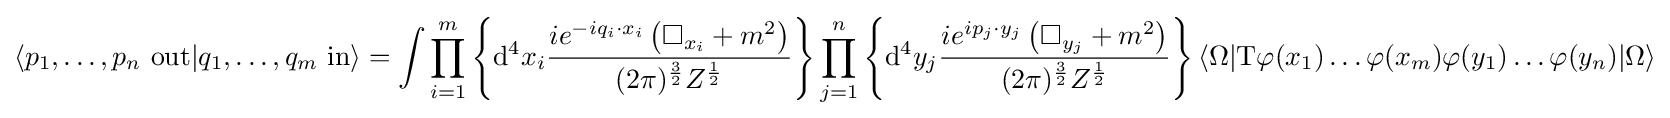
\langle p_{1},\ldots ,p_{n}\ \mathrm {out} |q_{1},\ldots ,q_{m}\ \mathrm {in} \rangle =\int \prod _{i=1}^{m}\left\{\mathrm {d} ^{4}x_{i}{\frac {ie^{-iq_{i}\cdot x_{i}}\left(\Box _{x_{i}}+m^{2}\right)}{(2\pi )^{\frac {3}{2}}Z^{\frac {1}{2}}}}\right\}\prod _{j=1}^{n}\left\{\mathrm {d} ^{4}y_{j}{\frac {ie^{ip_{j}\cdot y_{j}}\left(\Box _{y_{j}}+m^{2}\right)}{(2\pi )^{\frac {3}{2}}Z^{\frac {1}{2}}}}\right\}\langle \Omega |\mathrm {T} \varphi (x_{1})\ldots \varphi (x_{m})\varphi (y_{1})\ldots \varphi (y_{n})|\Omega \rangle